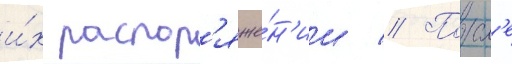
и́х распор'яже́н'ии // Посл'е